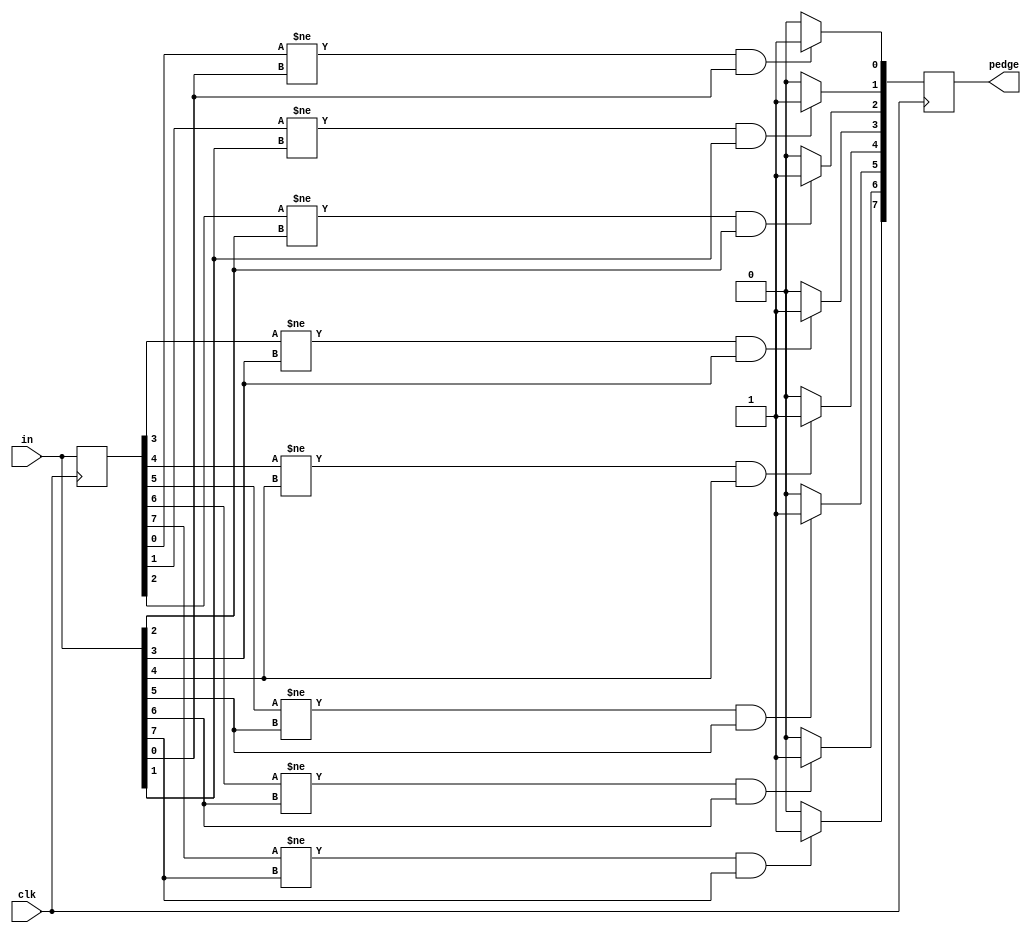
module top_module (
    input clk,
    input [7:0] in,
    output [7:0] pedge
);
    integer i;
    reg [7:0] in_tmp;
    always @(posedge clk) begin
        for(i = 0; i < 8; i = i + 1) begin
            if(in_tmp[i] != in[i] && in[i] == 1) begin
                pedge[i] = 1;
            end
            else begin
                pedge[i] = 0;
            end
            in_tmp[i] = in[i];
        end
    end

endmodule